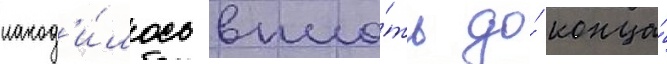
наход'и́лось впло́ть до́ конца́